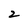
Character: 2